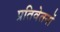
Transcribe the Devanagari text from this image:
प्रतिवेतनों